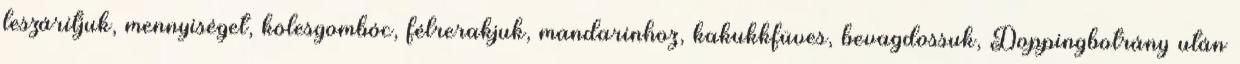
leszárítjuk, mennyiséget, kölesgombóc, félrerakjuk, mandarinhoz, kakukkfüves, bevagdossuk, Doppingbotrány után